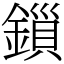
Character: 鎻